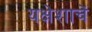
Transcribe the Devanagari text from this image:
यक्षेशाचें